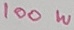
Text: 100W